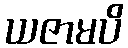
ယဇာမပိ